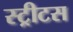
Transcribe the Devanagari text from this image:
स्ट्रीटस